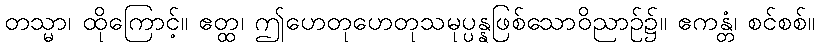
တသ္မာ၊ ထိုကြောင့်။ ဧတ္ထ၊ ဤဟေတုဟေတုသမုပ္ပန္နဖြစ်သောဝိညာဉ်၌။ ဧကန္တံ၊ စင်စစ်။